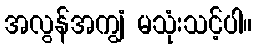
အလွန်အကျွံ မသုံးသင့်ပါ။